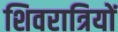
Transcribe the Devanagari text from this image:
शिवरात्रियों